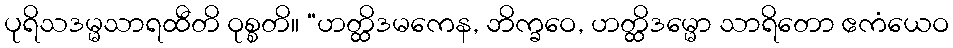
ပုရိသဒမ္မသာရထီတိ ဝုစ္စတိ။ “ဟတ္ထိဒမကေန, ဘိက္ခဝေ, ဟတ္ထိဒမ္မော သာရိတော ဧကံယေဝ